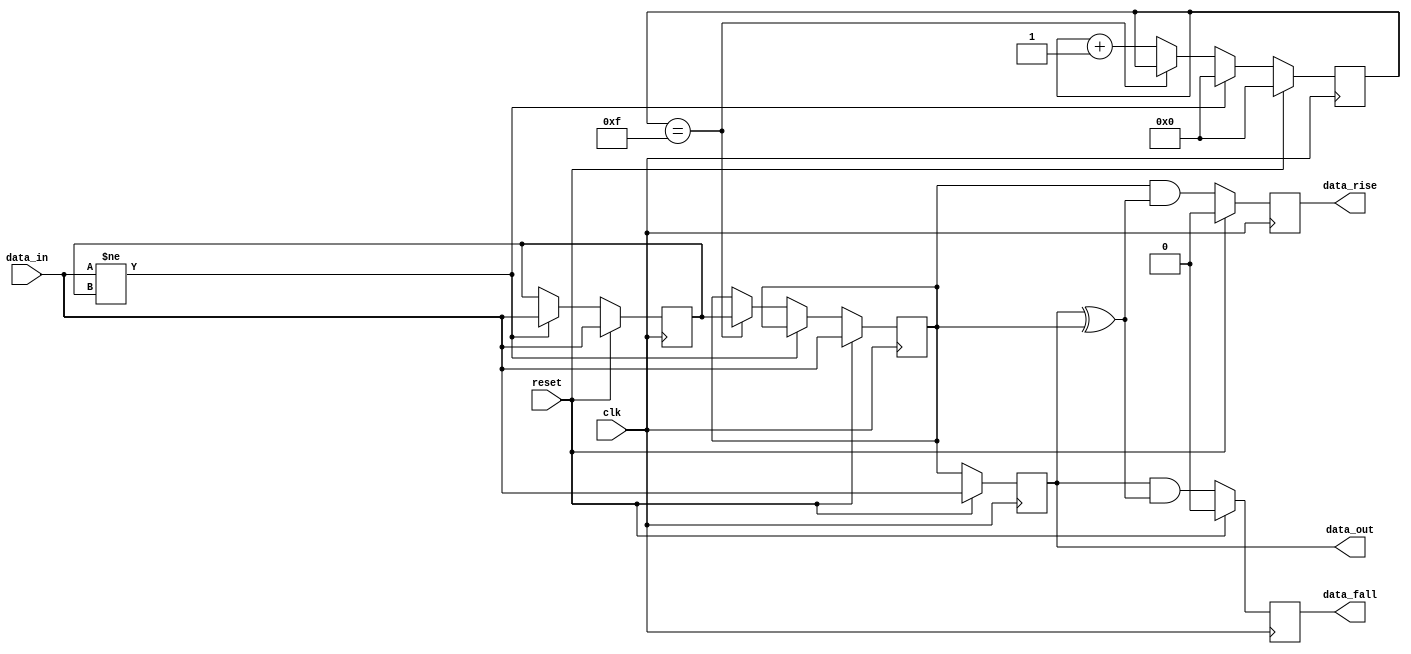
/**********************************************************************/
/*                                                                    */
/*             -------                                                */
/*            /   SOC  \                                              */
/*           /    GEN   \                                             */
/*          /     LIB    \                                            */
/*          ==============                                            */
/*          | cde_sync   |                                            */
/*          |____________|                                            */
/*                                                                    */
/*  Generic model for a debounce filter with hysteresis               */
/*                                                                    */
/*                                                                    */
/*  Author(s):                                                        */
/*      - John Eaton, jt_eaton@opencores.org                          */
/*                                                                    */
/**********************************************************************/
/*                                                                    */
/*    Copyright (C) <2010>  <Ouabache Design Works>                   */
/*                                                                    */
/*  This source file may be used and distributed without              */
/*  restriction provided that this copyright statement is not         */
/*  removed from the file and that any derivative work contains       */
/*  the original copyright notice and the associated disclaimer.      */
/*                                                                    */
/*  This source file is free software; you can redistribute it        */
/*  and/or modify it under the terms of the GNU Lesser General        */
/*  Public License as published by the Free Software Foundation;      */
/*  either version 2.1 of the License, or (at your option) any        */
/*  later version.                                                    */
/*                                                                    */
/*  This source is distributed in the hope that it will be            */
/*  useful, but WITHOUT ANY WARRANTY; without even the implied        */
/*  warranty of MERCHANTABILITY or FITNESS FOR A PARTICULAR           */
/*  PURPOSE.  See the GNU Lesser General Public License for more      */
/*  details.                                                          */
/*                                                                    */
/*  You should have received a copy of the GNU Lesser General         */
/*  Public License along with this source; if not, download it        */
/*  from http://www.opencores.org/lgpl.shtml                          */
/*                                                                    */
/**********************************************************************/



module cde_sync_with_hysteresis 
#( parameter  WIDTH      = 1,
   parameter  DEBOUNCE   = 4,
   parameter  DEBOUNCE_DELAY =  4'b1111
 )

(

input wire                clk,
input wire                reset,

input  wire [WIDTH - 1:0] data_in,
output reg  [WIDTH - 1:0] data_out,

output reg  [WIDTH - 1:0] data_rise, 
output reg  [WIDTH - 1:0] data_fall

  

);


reg [WIDTH - 1:0]         hysteresis_data; 
reg [WIDTH - 1:0]         clean_data; 
reg [DEBOUNCE-1:0]        debounce_counter;

always@(posedge clk ) 
  if(reset)  
     begin
     data_out  <= data_in;
     data_rise <= {WIDTH{1'b0}};
     data_fall <= {WIDTH{1'b0}};
     end
  else
     begin
     data_out  <= clean_data;
     data_rise <= clean_data &( data_out  ^ clean_data);
     data_fall <= data_out   &( data_out  ^ clean_data);
     end



   




always@(posedge clk ) 
       if(reset)
	 begin
	    clean_data             <= data_in;
            hysteresis_data        <= data_in;
            debounce_counter       <= {DEBOUNCE{1'b0}};
         end
       else
         begin
         // if the current input data differs from hysteresis 
         // then reset counter and update hysteresie
         
         if(data_in != hysteresis_data )
	      begin 
	      clean_data           <= clean_data;
              hysteresis_data      <= data_in;
              debounce_counter     <= {DEBOUNCE{1'b0}};
	      end
        // if counter reaches DEBOUNCE_DELAY then the signal is clean
         else 
         if(debounce_counter == DEBOUNCE_DELAY)
	      begin
              clean_data           <= hysteresis_data;
	      hysteresis_data      <= hysteresis_data; 
              debounce_counter     <= debounce_counter;
              end		 
           // data_in did not change but counter did not reach limit. Increment counter
         else
	      begin
              clean_data           <= clean_data;
	      hysteresis_data      <= hysteresis_data; 
              debounce_counter     <= debounce_counter+1;		 
              end 
         end 
   





   

endmodule